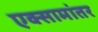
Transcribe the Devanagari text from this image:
एक्सामांतर